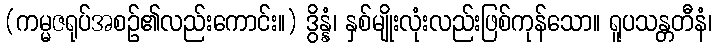
(ကမ္မဇရုပ်အစဉ်၏လည်းကောင်း။) ဒွိန္နံ၊ နှစ်မျိုးလုံးလည်းဖြစ်ကုန်သော။ ရူပသန္တတီနံ၊